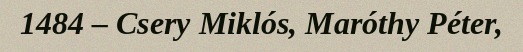
1484 – Csery Miklós, Maróthy Péter,